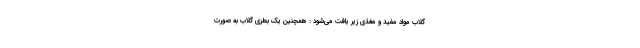
گلاب مواد مفید و مغذی زیر یافت می‌شود : همچنین یک بطری گلاب به صورت